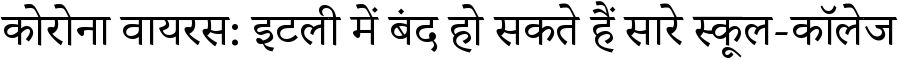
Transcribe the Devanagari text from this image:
कोरोना वायरस: इटली में बंद हो सकते हैं सारे स्कूल-कॉलेज